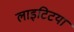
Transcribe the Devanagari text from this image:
लाइटिटया